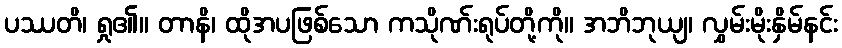
ပဿတိ၊ ရှု၏။ တာနိ၊ ထိုအပဖြစ်သော ကသိုဏ်းရုပ်တို့ကို။ အဘိဘုယျ၊ လွှမ်းမိုးနှိမ်နင်း